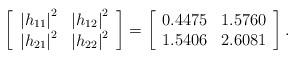
LaTeX: \begin{align*}\left[ {\begin{array}{*{20}{c}} {{{\left| {{h_{11}}} \right|}^2}} & {{{\left| {{h_{12}}} \right|}^2}} \\ {{{\left| {{h_{21}}} \right|}^2}} & {{{\left| {{h_{22}}} \right|}^2}} \\\end{array}} \right] = \left[ {\begin{array}{*{20}{c}} {0.4475} & {1.5760} \\ {1.5406} & {2.6081} \\\end{array}} \right].\end{align*}